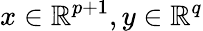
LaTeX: x\in\mathbb{R}^{p+1},y\in\mathbb{R}^{q}